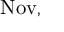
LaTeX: \operatorname { N o v } ,